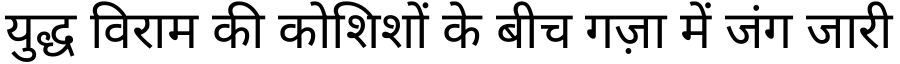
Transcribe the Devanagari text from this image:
युद्ध विराम की कोशिशों के बीच गज़ा में जंग जारी